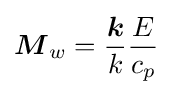
{\boldsymbol {M}}_{w}={\frac {\boldsymbol {k}}{k}}{\frac {E}{c_{p}}}